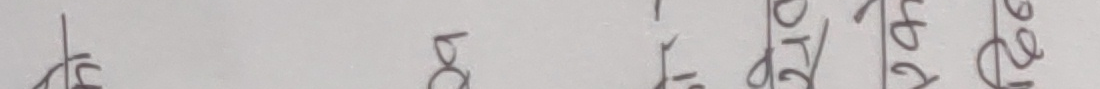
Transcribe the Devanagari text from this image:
का ब ग घ ङ